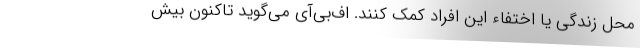
محل زندگی یا اختفاء این افراد کمک کنند. اف‌بی‌آی می‌گوید تاکنون بیش